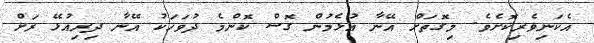
އެކަނިވެރިކޮށެވެ. މިގޮތަށް އޭނާ އުޅެމުން ގޮސް ކޮންމެ ދުވަހަކު އޭނާ ދިރިއުޅޭ ރަށް